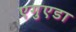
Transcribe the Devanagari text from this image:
एगुएडा